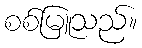
စစ်မြူသည်။